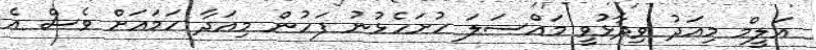
އަލީމް މިއަދު ވިދާޅުވީ މައްސަލަަ ހުށަހެޅުނު ފަހުން މިއަދާ ހަމައަށް ވެސް އެ